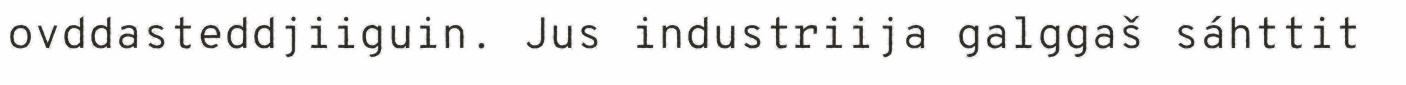
ovddasteddjiiguin. Jus industriija galggaš sáhttit